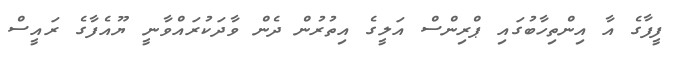
ފީފާގެ އާ އިންތިހާބުގައި ޕްރިންސް އަލީގެ އިތުރުން ދެން ވާދަކުރައްވާނީ ޔޫއެފާގެ ރައީސް